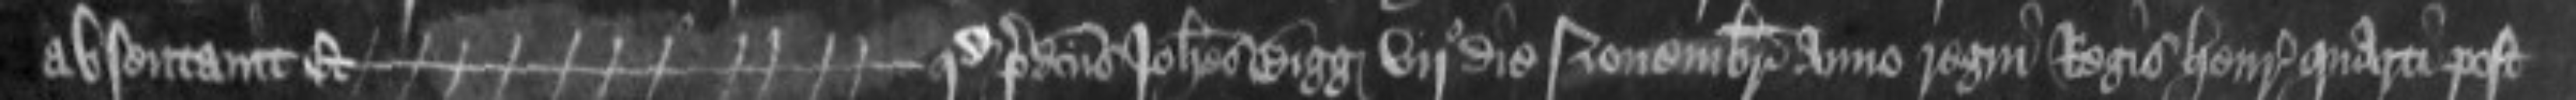
absentavit - Et quod predictus Johannes Bigg vijo die Novembris anno regni Regis Henrici quarti post